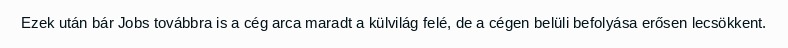
Ezek után bár Jobs továbbra is a cég arca maradt a külvilág felé, de a cégen belüli befolyása erősen lecsökkent.